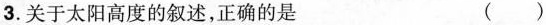
3.关于太阳高度的叙述，正确的是 ()